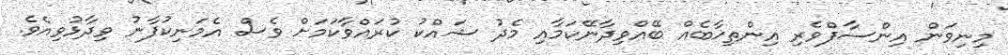
މިނިވަން އިންސާފްވެރި އިންތިޚާބެއް ބޭއްވިދާނޭކަމާއި މެދު ޝައްކު ކުރައްވާކަމަށް ވެސް އެމަނިކުފާނު ވިދާޅުވިއެވެ.